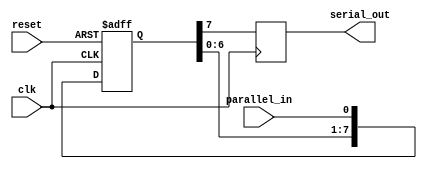
module PISO (
    input wire clk,
    input wire reset,
    input wire parallel_in,
    output wire serial_out
);

reg [7:0] data_reg; // 8-bit shift register
reg [7:0] parallel_data;

always @(posedge clk or posedge reset) begin
    if (reset) begin
        data_reg <= 8'b0;
    end else begin
        data_reg <= {data_reg[6:0], parallel_in};
    end
end

always @(posedge clk) begin
    serial_out <= data_reg[7];
end

endmodule